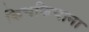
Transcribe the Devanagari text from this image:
किचकिचाना